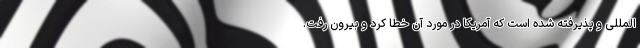
المللی و پذیرفته شده است که آمریکا در مورد آن خطا کرد و بیرون رفت.